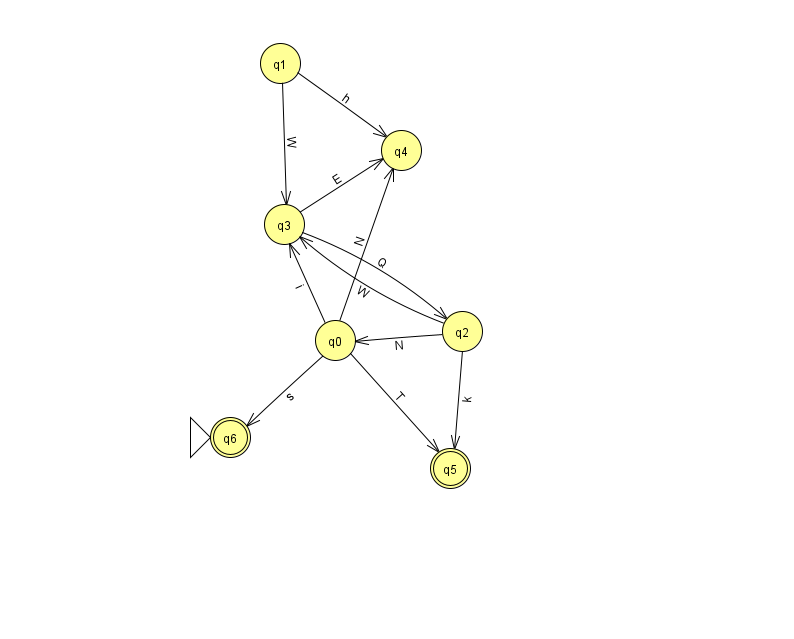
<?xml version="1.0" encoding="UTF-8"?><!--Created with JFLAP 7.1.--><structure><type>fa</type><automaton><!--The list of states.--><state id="0" name="q0"><x>335.0</x><y>327.0</y></state><state id="1" name="q1"><x>280.0</x><y>50.0</y></state><state id="2" name="q2"><x>462.0</x><y>318.0</y></state><state id="3" name="q3"><x>284.0</x><y>211.0</y></state><state id="4" name="q4"><x>401.0</x><y>137.0</y></state><state id="5" name="q5"><x>450.0</x><y>455.0</y><final/></state><state id="6" name="q6"><x>230.0</x><y>424.0</y><initial/><final/></state><!--The list of transitions.--><transition><from>2</from><to>0</to><read>N</read></transition><transition><from>2</from><to>5</to><read>k</read></transition><transition><from>0</from><to>4</to><read>N</read></transition><transition><from>0</from><to>5</to><read>T</read></transition><transition><from>0</from><to>3</to><read>i</read></transition><transition><from>0</from><to>6</to><read>s</read></transition><transition><from>1</from><to>3</to><read>W</read></transition><transition><from>2</from><to>3</to><read>W</read></transition><transition><from>3</from><to>4</to><read>E</read></transition><transition><from>1</from><to>4</to><read>h</read></transition><transition><from>3</from><to>2</to><read>Q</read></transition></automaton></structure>